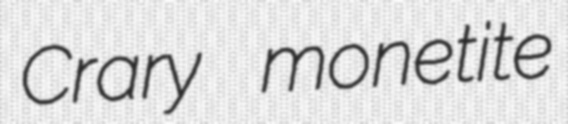
Crary monetite